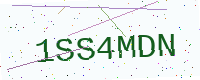
Text: 1SS4MDN